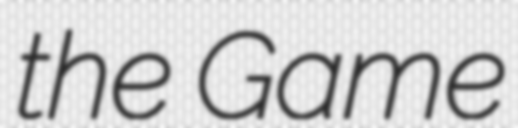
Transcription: the Game